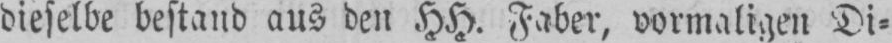
dieselbe bestand aus den HH. Faber, vormaligen Di⸗